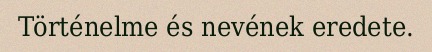
Történelme és nevének eredete.